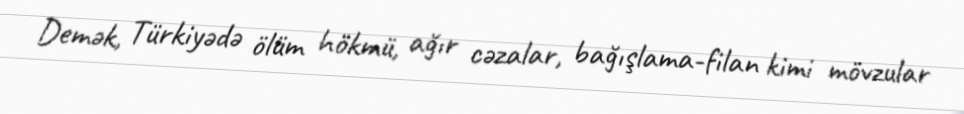
Demək, Türkiyədə ölüm hökmü, ağır cəzalar, bağışlama-filan kimi mövzular